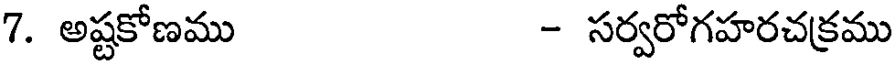
7. అష్టకోణము - సర్వరోగహరచక్రము